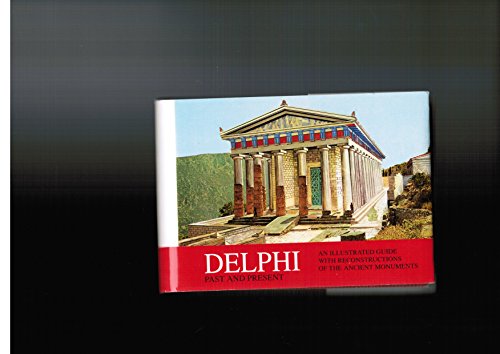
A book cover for Delphi (Past and Present): An Illustrated Guide with Reconstructions of the Ancient Monuments; Niki Drossou Panaiotou; Travel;